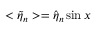
< \tilde { \eta } _ { n } > = \hat { \eta } _ { n } \sin { x }